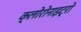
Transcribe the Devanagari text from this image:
क्लोरोनाइट्रो